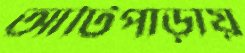
আটিপাড়ায়